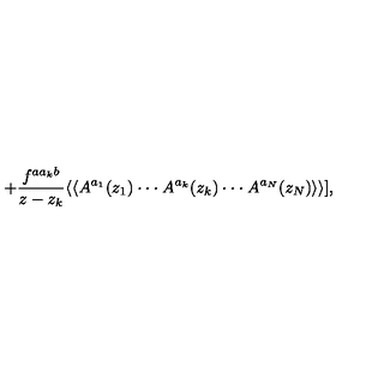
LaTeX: + { \frac { f ^ { a a _ { k } b } } { z - z _ { k } } } \langle \langle A ^ { a _ { 1 } } ( z _ { 1 } ) \cdot \cdot \cdot A ^ { a _ { k } } ( z _ { k } ) \cdot \cdot \cdot A ^ { a _ { N } } ( z _ { N } ) \rangle \rangle ] ,